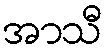
အာသီ